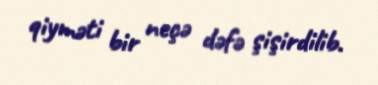
qiyməti bir neçə dəfə şişirdilib.